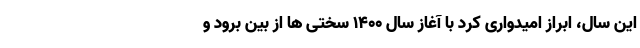
این سال، ابراز امیدواری کرد با آغاز سال ۱۴۰۰ سختی ها از بین برود و